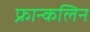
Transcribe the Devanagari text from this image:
फ्रान्कलिन